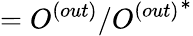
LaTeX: =O^{(out)}/{O^{(out)}}^{*}